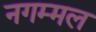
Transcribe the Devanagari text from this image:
नगम्मल